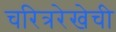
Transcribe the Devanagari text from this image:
चरित्ररेखेची